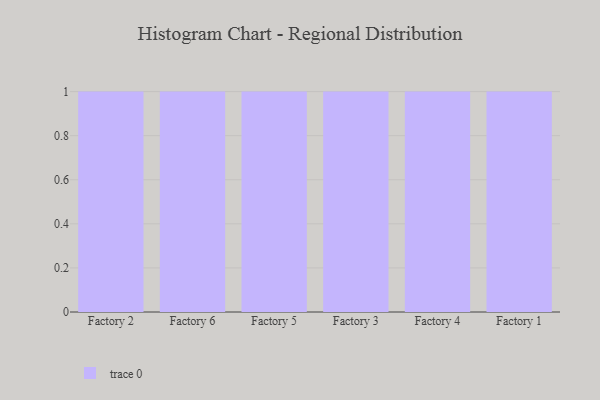
{"axis": {"x": "Factory", "y": "Waste Production (Tons)"}, "legend": [""], "data": [{"x": "Factory 2", "y": 48, "type": ""}, {"x": "Factory 6", "y": 51, "type": ""}, {"x": "Factory 5", "y": 34, "type": ""}, {"x": "Factory 3", "y": 22, "type": ""}, {"x": "Factory 4", "y": 42, "type": ""}, {"x": "Factory 1", "y": 92, "type": ""}]}